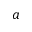
a